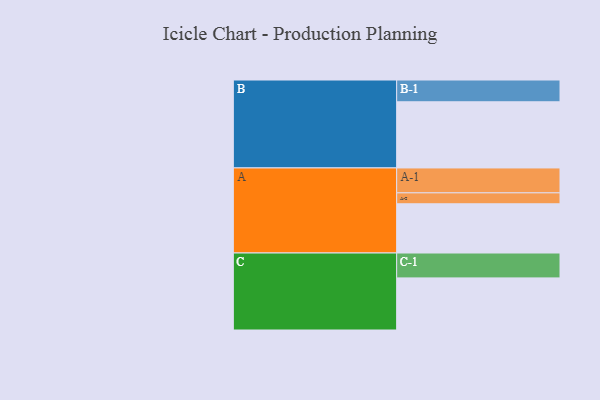
{"axis": {"x": "Segment", "y": "Value"}, "legend": ["", "A", "B", "C"], "data": [{"x": "A", "y": 445, "type": ""}, {"x": "B", "y": 598, "type": ""}, {"x": "C", "y": 471, "type": ""}, {"x": "A-1", "y": 225, "type": "A"}, {"x": "A-2", "y": 99, "type": "A"}, {"x": "B-1", "y": 197, "type": "B"}, {"x": "C-1", "y": 225, "type": "C"}]}